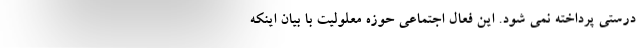
درستی پرداخته نمی شود. این فعال اجتماعی حوزه معلولیت با بیان اینکه